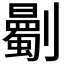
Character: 𠠡